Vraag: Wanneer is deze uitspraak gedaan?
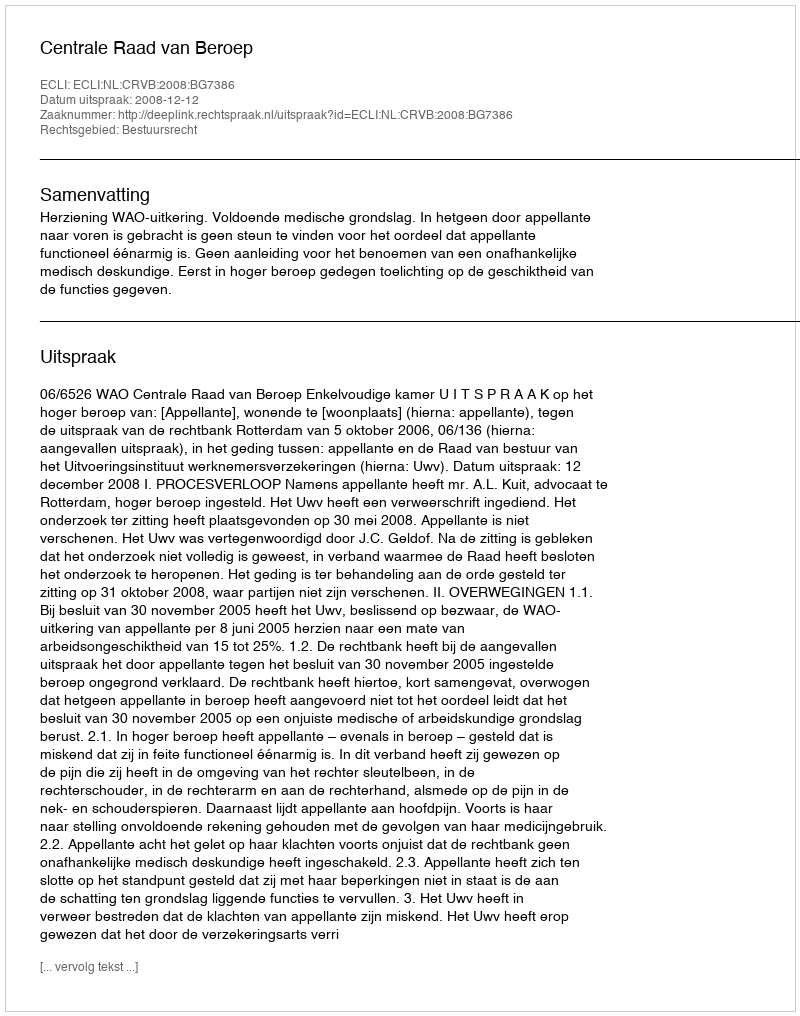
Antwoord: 2008-12-12